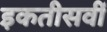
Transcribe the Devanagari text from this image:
इकतीसवीं